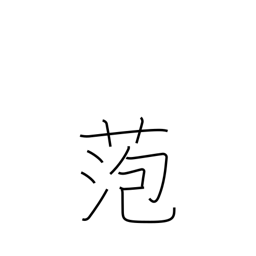
Meaning: bog